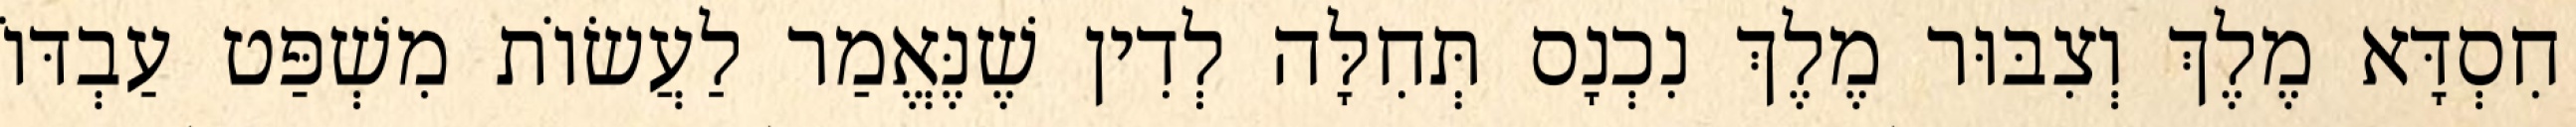
חִסְדָּא מֶלֶךְ וְצִבּוּר מֶלֶךְ נִכְנָס תְּחִלָּה לְדִין שֶׁנֶּאֱמַר לַעֲשׂוֹת מִשְׁפַּט עַבְדּוֹ